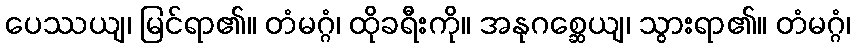
ပေဿယျ၊ မြင်ရာ၏။ တံမဂ္ဂံ၊ ထိုခရီးကို။ အနုဂစ္ဆေယျ၊ သွားရာ၏။ တံမဂ္ဂံ၊